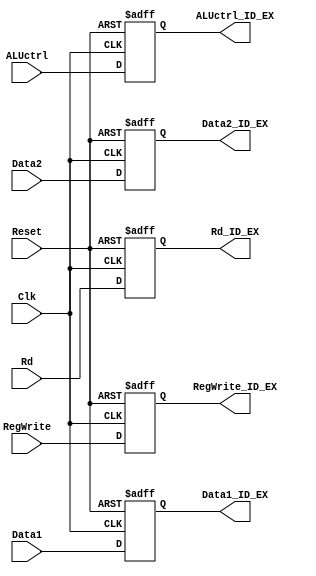
`timescale 1ns / 1ps
//////////////////////////////////////////////////////////////////////////////////
// Company: 
// Engineer: 
// 
// Design Name: 
// Module Name: ID_EX
// Project Name: 
// Target Devices: 
// Tool Versions: 
// Description: 
// 
// Dependencies: 
// 
// Revision:
// Revision 0.01 - File Created
// Additional Comments:
// 
//////////////////////////////////////////////////////////////////////////////////


module ID_EX(
input Clk,Reset,
input [3:0] ALUctrl,
input [31:0] Data1,Data2,
input [4:0] Rd,
input RegWrite,
output reg [3:0] ALUctrl_ID_EX,
output reg [31:0] Data1_ID_EX,Data2_ID_EX,
output reg [4:0] Rd_ID_EX,
output reg RegWrite_ID_EX
);

always @ (posedge Clk, negedge Reset)
begin  
    if( Reset == 0 ) begin
        ALUctrl_ID_EX = 4'b0;
        Data1_ID_EX = 32'b0;
        Data2_ID_EX = 32'b0;
        Rd_ID_EX = 5'b0;
        RegWrite_ID_EX = 1'b0;
        end
    else begin
        ALUctrl_ID_EX = ALUctrl;
        Data1_ID_EX = Data1;
        Data2_ID_EX = Data2;
        Rd_ID_EX = Rd;
        RegWrite_ID_EX = RegWrite;
        end
end
endmodule